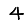
Digit: 4